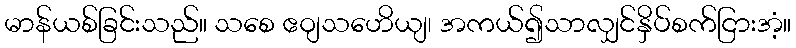
မာန်ယစ်ခြင်းသည်။ သစေ ဧဝျသဟေိယျ၊ အကယ်၍သာလျှင်နှိပ်စက်ငြားအံ့။